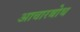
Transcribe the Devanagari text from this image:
आचारबोध